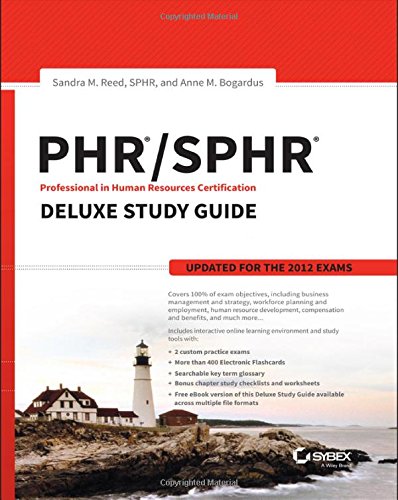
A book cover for PHR / SPHR Professional in Human Resources Certification Deluxe Study Guide; Sandra M. Reed; Computers & Technology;